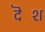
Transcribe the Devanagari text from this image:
दॆश